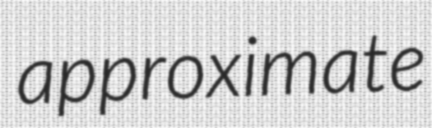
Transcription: approximate